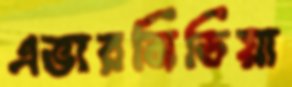
এভারমিডিয়া